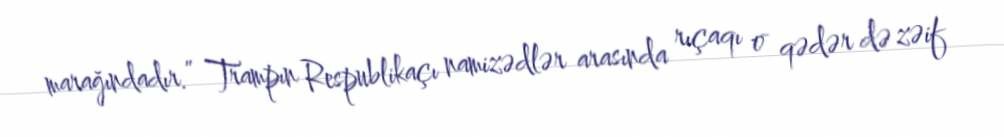
marağındadır.” Trampın Respublikaçı namizədlər arasında rıçaqı o qədər də zəif